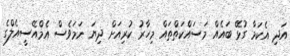
އަދި އެކަމާ ގުޅޭ ބައެއް މަސައްކަތްތައް މިހާރު ކުރިއަށް ދިޔަ ނަމަވެސް އެމްއޭސީއެލްގެ